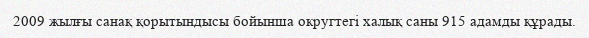
2009 жылғы санақ қорытындысы бойынша округтегі халық саны 915 адамды құрады.